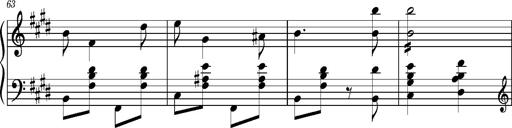
Title: Ungarischer Romanzero
Composer: Franz Liszt